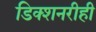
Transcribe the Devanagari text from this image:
डिक्शनरीही